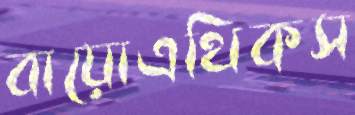
বায়োএথিকস